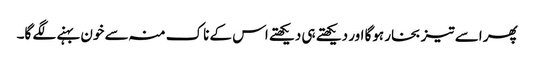
پھر اسے تیز بخار ہوگا اور دیکھتے ہی دیکھتے اس کے ناک منہ سے خون بہنے لگے گا۔